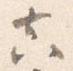
真